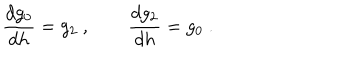
\frac { d g _ { 0 } } { d h } = g _ { 2 } ~ , \qquad \frac { d g _ { 2 } } { d h } = g _ { 0 } ~ .